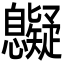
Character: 𢥷